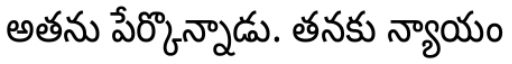
అతను పేర్కొన్నాడు. తనకు న్యాయం